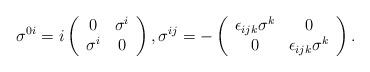
LaTeX: \begin{align*}\sigma ^{0i}=i\left(\begin{array}{cc}0 & \sigma ^{i} \\\sigma ^{i} & 0\end{array}\right) ,\sigma ^{ij}=-\left(\begin{array}{cc}\epsilon _{ijk}\sigma ^{k} & 0 \\0 & \epsilon _{ijk}\sigma ^{k}\end{array}\right) .\end{align*}